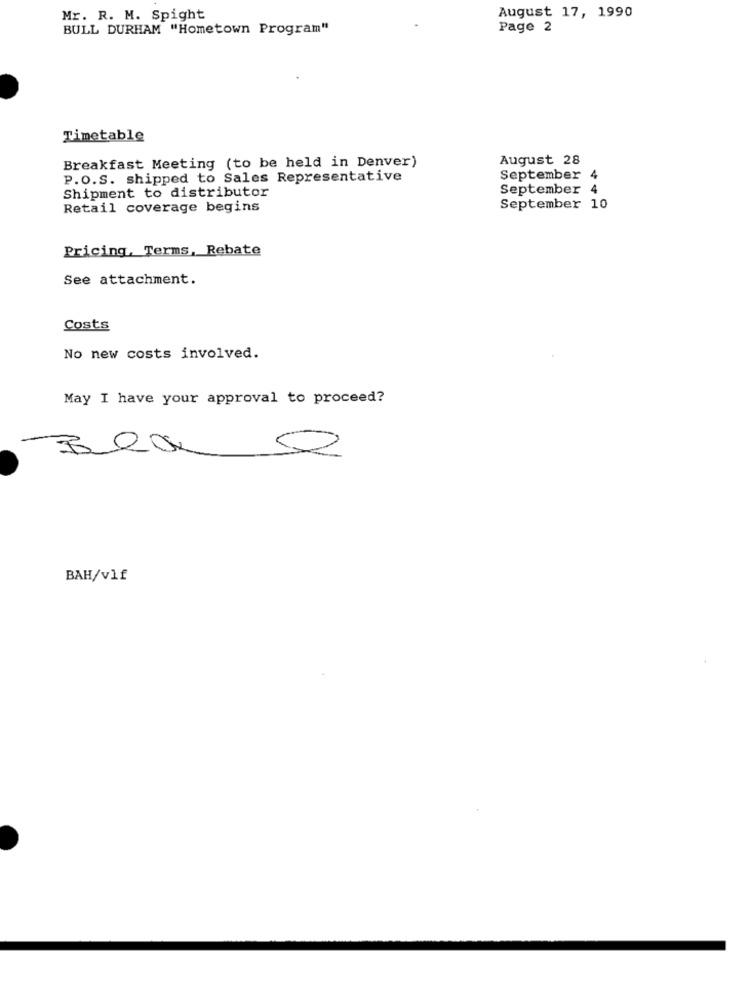
Mr. R. M. Spight
August 17, 1990
BULL DURHAM "Hometown Program"
Page 2
Timetable
Breakfast Meeting (to be held in Denver)
August 28
P.O.S. shipped to Sales Representative
September 4
Shipment to distributor
September 4
Retail coverage begins
September 10
Pricing, Terms, Rebate
See attachment.
Costs
No new costs involved.
May I have your approval to proceed?
B
BAH/vlf